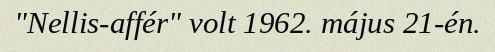
"Nellis-affér" volt 1962. május 21-én.